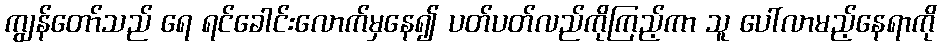
ကျွန်တော်သည် ရေ ရင်ခေါင်းလောက်မှနေ၍ ပတ်ပတ်လည်ကိုကြည့်ကာ သူ ပေါ်လာမည့်နေရာကို